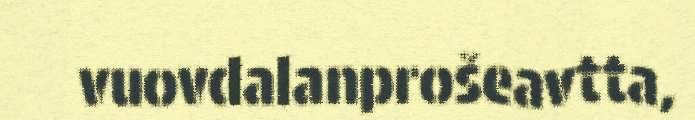
vuovdalanprošeavtta,